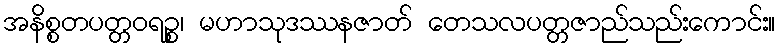
အနိစ္စတပတ္တဝရဉ္စ၊ မဟာသုဒဿနဇာတ် တေသလပတ္တဇာည်သည်းကောင်း။